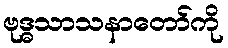
ဗုဒ္ဓသာသနာတော်ကို